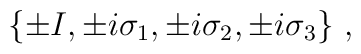
\{\pm I, \pm i\sigma_1,\pm i\sigma_2,\pm i\sigma_3\}~,